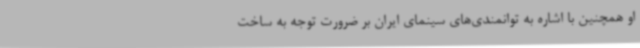
او همچنین با اشاره به توانمندی‌های سینمای ایران بر ضرورت توجه به ساخت